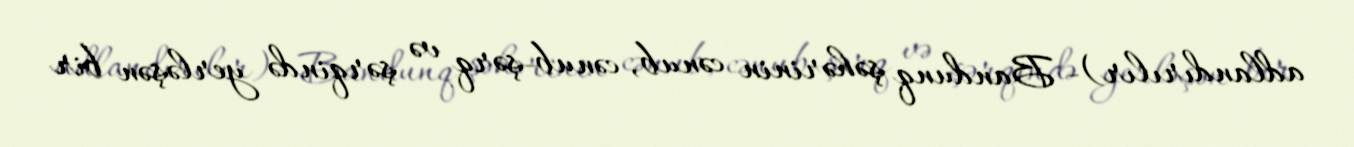
adlandırılır)- Bandunq şəhərinin cənub, cənub-şərq və şərqində yerləşən bir